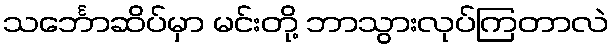
သင်္ဘောဆိပ်မှာ မင်းတို့ ဘာသွားလုပ်ကြတာလဲ